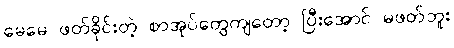
မေမေ ဖတ်ခိုင်းတဲ့ စာအုပ်တွေကျတော့ ပြီးအောင် မဖတ်ဘူး